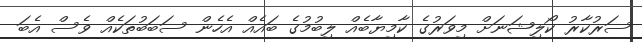
ސަރުކާރު ކޯލިޝަނަށް މިވަރުގެ ކާމިޔާބެއް ލިބުމުގެ ބައެއް އެހެން ސަބަބުތަކެއް ވެސް އެބަ